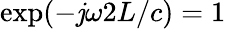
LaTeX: \exp(-\mathit{j}\omega2L/c)=1